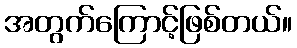
အတွက်ကြောင့်ဖြစ်တယ်။